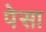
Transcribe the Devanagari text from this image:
पेसा